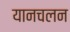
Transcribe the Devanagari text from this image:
यानचलन